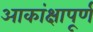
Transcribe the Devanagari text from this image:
आकांक्षापूर्ण